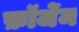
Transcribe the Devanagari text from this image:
फ़ॉर्जेम